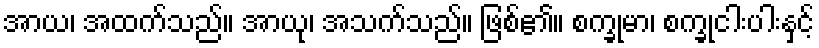
အာယ၊ အထက်သည်။ အာယု၊ အသက်သည်။ ဖြစ်၏။ စက္ခုမာ၊ စက္ခုငါးပါးနှင့်